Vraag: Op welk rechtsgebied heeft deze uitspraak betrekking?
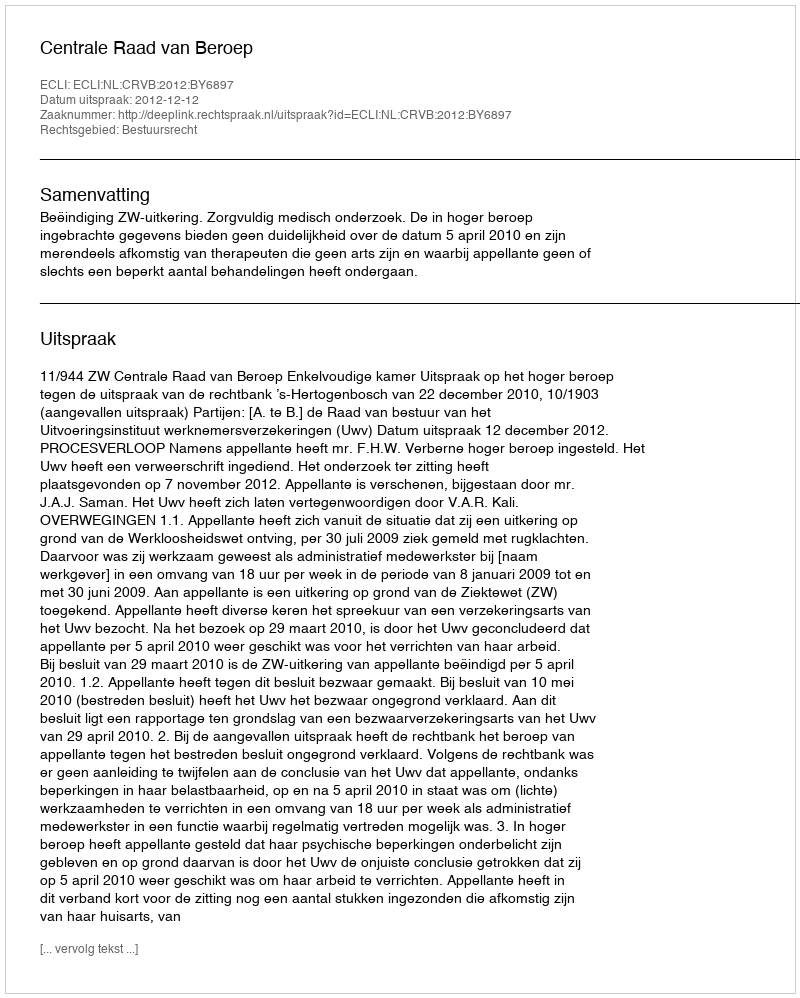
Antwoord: Bestuursrecht